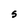
Character: S